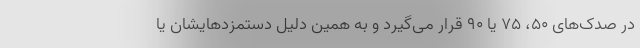
در صدک‌های ۵۰، ۷۵ یا ۹۰ قرار می‌گیرد و به همین دلیل دستمزدهایشان یا